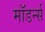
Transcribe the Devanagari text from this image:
मॉडर्न्स